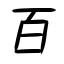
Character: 百